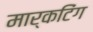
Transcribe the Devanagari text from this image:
मार्कटिंग